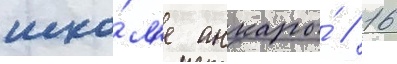
шко́л'е анкары́ // 16